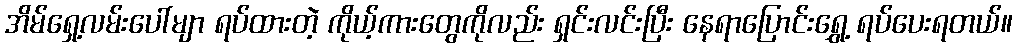
အိမ်ရှေ့လမ်းပေါ်မျာ ရပ်ထားတဲ့ ကိုယ့်ကားတွေကိုလည်း ရှင်းလင်းပြီး နေရာပြောင်းရွှေ့ ရပ်ပေးရတယ်။